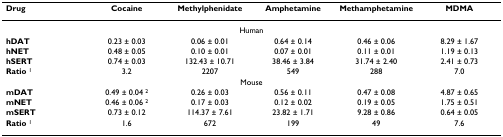
<table><thead><tr><td><b>Drug</b></td><td><b>Cocaine</b></td><td><b>Methylphenidate</b></td><td><b>Amphetamine</b></td><td><b>Methamphetamine</b></td><td><b>MDMA</b></td></tr></thead><tbody><tr><td colspan="6">Human</td></tr><tr><td><b>hDAT</b></td><td>0.23 ± 0.03</td><td>0.06 ± 0.01</td><td>0.64 ± 0.14</td><td>0.46 ± 0.06</td><td>8.29 ± 1.67</td></tr><tr><td><b>hNET</b></td><td>0.48 ± 0.05</td><td>0.10 ± 0.01</td><td>0.07 ± 0.01</td><td>0.11 ± 0.01</td><td>1.19 ± 0.13</td></tr><tr><td><b>hSERT</b></td><td>0.74 ± 0.03</td><td>132.43 ± 10.71</td><td>38.46 ± 3.84</td><td>31.74 ± 2.40</td><td>2.41 ± 0.73</td></tr><tr><td><b>Ratio </b><sup>1</sup></td><td>3.2</td><td>2207</td><td>549</td><td>288</td><td>7.0</td></tr><tr><td colspan="6">Mouse</td></tr><tr><td><b>mDAT</b></td><td>0.49 ± 0.04 <sup>2</sup></td><td>0.26 ± 0.03</td><td>0.56 ± 0.11</td><td>0.47 ± 0.08</td><td>4.87 ± 0.65</td></tr><tr><td><b>mNET</b></td><td>0.46 ± 0.06 <sup>2</sup></td><td>0.17 ± 0.03</td><td>0.12 ± 0.02</td><td>0.19 ± 0.05</td><td>1.75 ± 0.51</td></tr><tr><td><b>mSERT</b></td><td>0.73 ± 0.12</td><td>114.37 ± 7.61</td><td>23.82 ± 1.71</td><td>9.28 ± 0.86</td><td>0.64 ± 0.05</td></tr><tr><td><b>Ratio </b><sup>1</sup></td><td>1.6</td><td>672</td><td>199</td><td>49</td><td>7.6</td></tr></tbody></table>